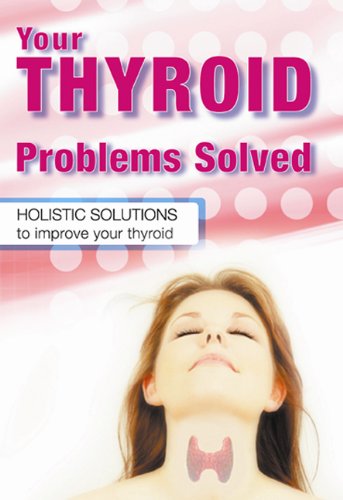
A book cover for Your Thyroid Problems Solved: Holistic Solutions to Improve Your Thyroid; Sandra Cabot M.D.; Health, Fitness & Dieting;